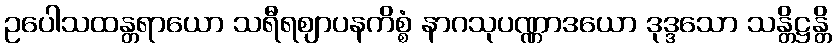
ဥပေါသထန္တရာယော သရီရဈာပနကိစ္စံ နာဂသုပဏ္ဏာဒယော ဒုဒ္ဒသော သန္တိဋ္ဌန္တိ